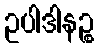
ဥပါဒါနဉ္စ